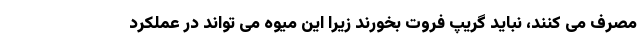
مصرف می کنند، نباید گریپ فروت بخورند زیرا این میوه می تواند در عملکرد